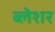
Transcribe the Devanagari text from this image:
ब्लेशर